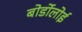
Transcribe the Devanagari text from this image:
बोर्डोलोई